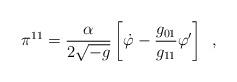
LaTeX: \begin{align*}\pi ^{11 } = \frac{\alpha }{2\sqrt {-g}}\left[ \dot \varphi -\frac{g_{01}}{g_{11}}\varphi '\right] \,\,\, ,\end{align*}